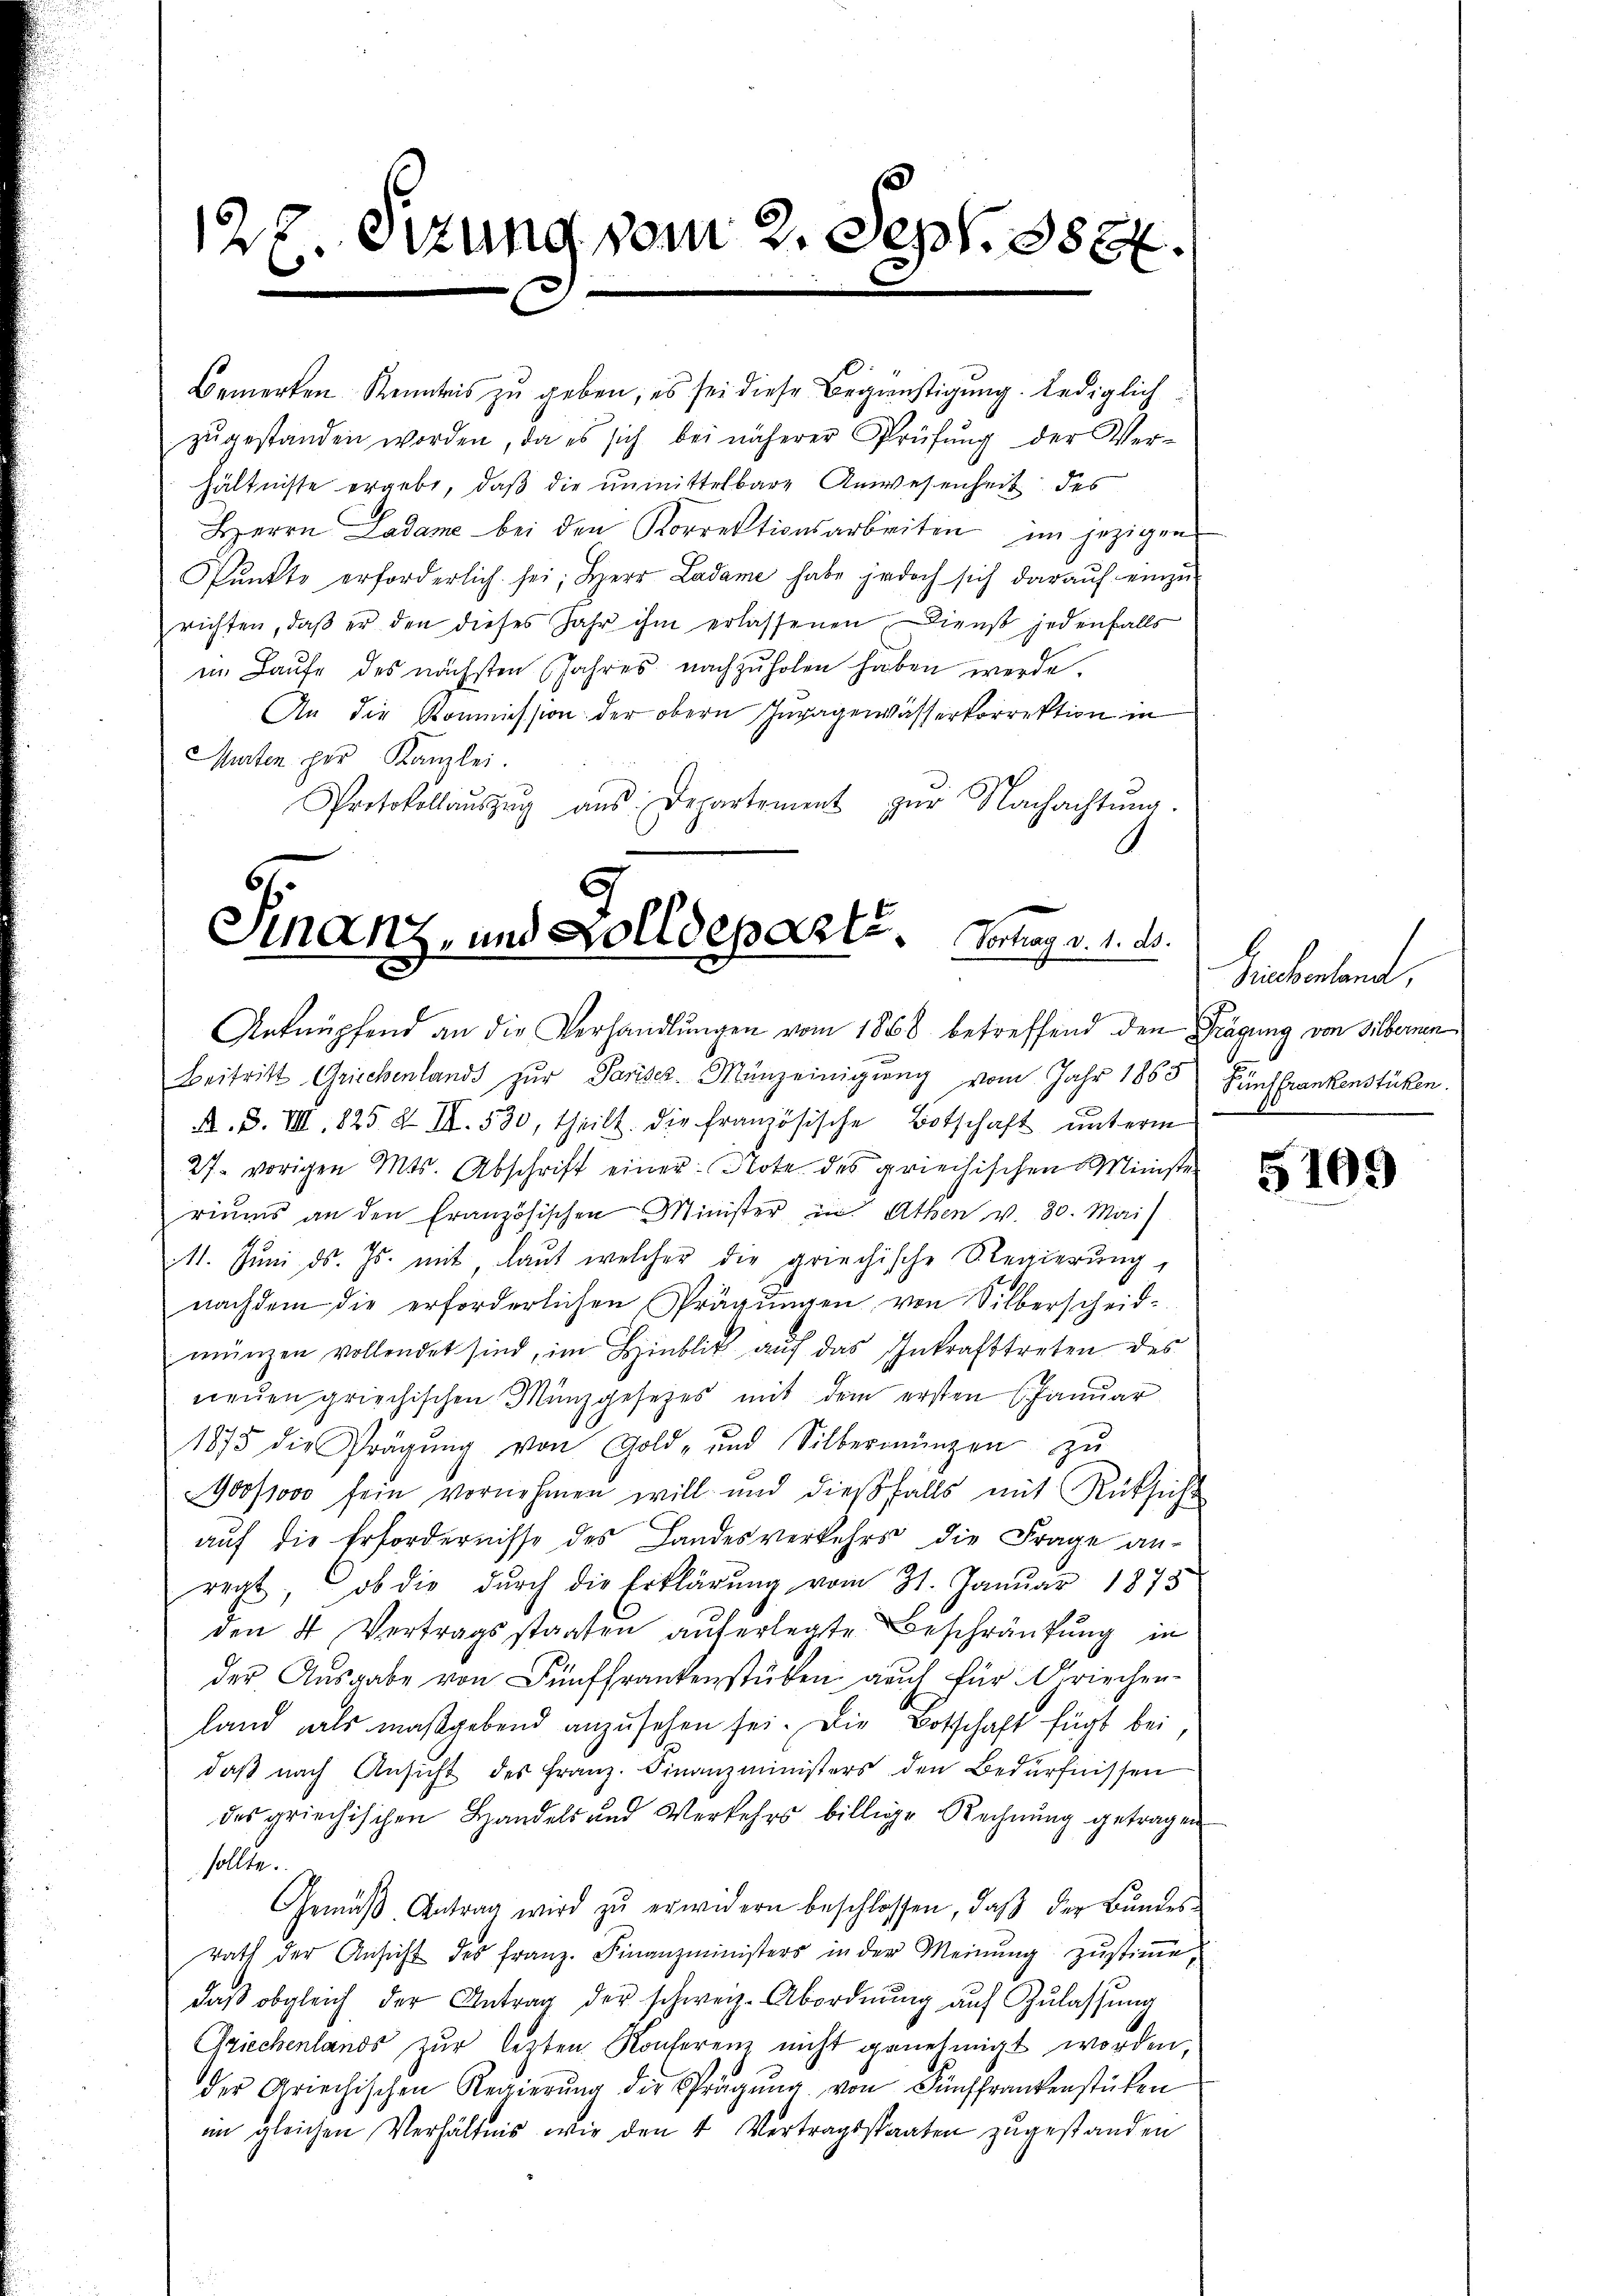
127. Sitzung vom 2. Sept. 8888.
.
b

Bemerken Kenntnis zu geben, es sei diese Begünstigung lediglich
zŭgestanden worden, da es sich bei näherer Prüfŭng der Ver-
hältnisse ergebe, daß die unmittelbare Anwesenheit des
Herrn Ladame bei den Korrektionsarbeiten im jezigen
Pŭnkte erforderlich sei; Herr Ladame habe jedoch sich darauf einzu-
richten, daß er den dieses Jahr ihm erlassenen, Dienst jedenfalls
im Laufe des nächsten Jahres nachzuholen haben werde.
An die Kommission der obern Jugagewässerkorrektion in
Murten per Kanzlei.
Protokollaŭszŭg aŭs Departement zŭr Nachachtŭng.

Sinanz- und Zolldeparte. Vortrag v. 1. ds.
Anknüpfend an die Verhandlŭngen vom 1868 betreffend den Frägung von Silbernen

Beitritt Griechenlands zur Pariser-Manzeinigung vom Jahr 1863 Fünffrankenstücken.
A. F. VIII. 825 & II. 530, theilt. Die französische Botschaft unterm
27. vorigen Mts. Abschrift einer Note des griechischen Minister
riums an den Französischen Minister in Athen v. 30. Mai
11. Juni d. Js. mit, laut welcher die griechische Regierung,
nachdem die erforderlichen Prägungen von Silberscheid-
münzen vollendet sind, im Hinblik aŭf das Inkrafttreten des
neŭen griechischen Münzgesetzes mit dem ersten Januar
1875 die Prägŭng von Gold- und Silbermünzen zŭ
900/1000 fein vornehmen will und dießfalls mit Rüksicht
auf die Erfordernisse des Landesverkehrs die Frage an-
recht, ob die dŭrch die Erklärŭng vom 31. Janŭar 1878
den 4 Vertragsstaaten auferlegte Beschränkung in
der Ausgabe von Fünffrankenstüken auch für Griechen-
land als maßgebend anzusehen sei. Die Botschaft fügt bei,
daβ nach Ansicht des Franz. Finanzministers den Bedürfnissen
des griechischen Handels und Verkehrs billige Rechnŭng getragen
sollte.
Gemäβ Antrag wird zŭ erwidern beschlossen, daβ der Bŭndes-
rath der Ansicht des Franz. Finanzministers in der Meinŭng zŭstiṁe
daβ obgleich der Antrag der schweiz. Abordnŭng aŭf Zŭlassŭng
Griechenlands zur lezten Konferenz nicht genehmigt worden,
der Griechischen Regierŭng die Prägŭng von Fünffrankenstücken
im gleichen Verhältnis wir den 4 Vertragsstaaten zugestanden

Ziechenland,

5109